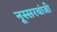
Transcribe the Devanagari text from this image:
नूस्सरवांजी